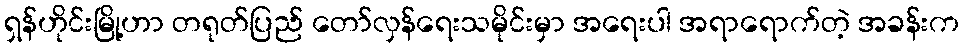
ရှန်ဟိုင်းမြို့ဟာ တရုတ်ပြည် တော်လှန်ရေးသမိုင်းမှာ အရေးပါ အရာရောက်တဲ့ အခန်းက